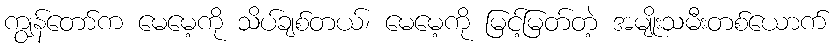
ကျွန်တော်က မေမေ့ကို သိပ်ချစ်တယ်၊ မေမေ့ကို မြင့်မြတ်တဲ့ အမျိုးသမီးတစ်ယောက်